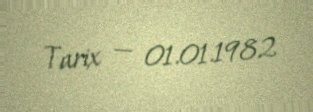
Tarix — 01.01.1982